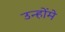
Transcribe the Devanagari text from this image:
उन्होंमे